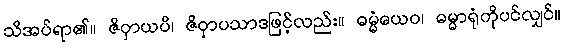
သိအပ်ရာ၏။ ဇိဝှာယပိ၊ ဇိဝှာပသာဒဖြင့်လည်း။ ဓမ္မံယေဝ၊ ဓမ္မာရုံကိုပင်လျှင်။